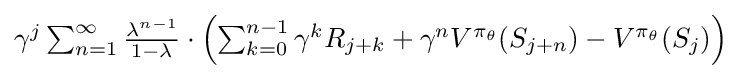
{\textstyle \gamma ^{j}\sum _{n=1}^{\infty }{\frac {\lambda ^{n-1}}{1-\lambda }}\cdot \left(\sum _{k=0}^{n-1}\gamma ^{k}R_{j+k}+\gamma ^{n}V^{\pi _{\theta }}(S_{j+n})-V^{\pi _{\theta }}(S_{j})\right)}